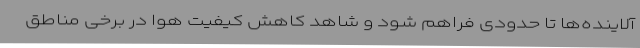
آلاینده‌ها تا حدودی فراهم شود و شاهد کاهش کیفیت هوا در برخی مناطق